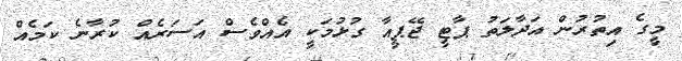
މީގެ އިތުރުން އަދާލަތު ޕާޓީ ޖޭޕީއާ ގުޅުމަކީ އެއްވެސް އަސަރެއް ކުރާނެ ކަމެއް